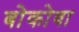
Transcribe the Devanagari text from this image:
बोकोवा